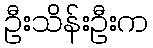
ဦးသိန်းဦးက